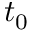
t _ { 0 }